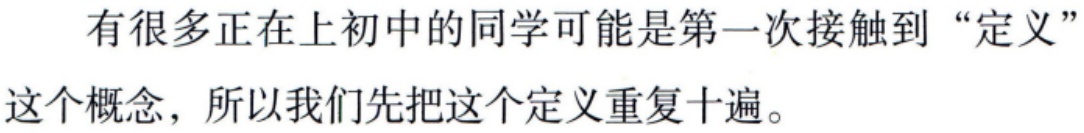
有很多正在上初中的同学可能是第一次接触到“定义”这个概念，所以我们先把这个定义重复十遍。